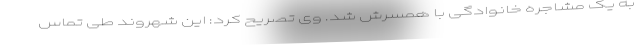
به یک مشاجره خانوادگی با همسرش شد. وی تصریح کرد: این شهروند طی تماس